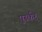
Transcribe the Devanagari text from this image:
पुर्स्कर्